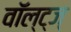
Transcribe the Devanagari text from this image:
वॉल्ट्ज्